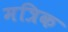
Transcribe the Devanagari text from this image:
मत्रिक